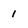
Character: 1